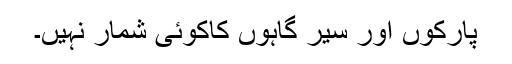
پارکوں اور سیر گاہوں کاکوئی شمار نہیں۔